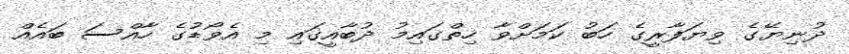
ދުނިޔޭގެ ވިޔަފާރީގެ ހަބު ކަމަށްވާ ހިތްގައިމު ދުބާއީގައި މި އެވޯޑުގެ ހާއްސަ ބައެއް